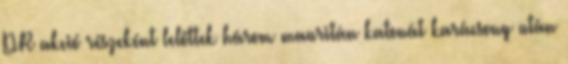
PR akció részeként lelőttek három mauritán katonát karácsony után